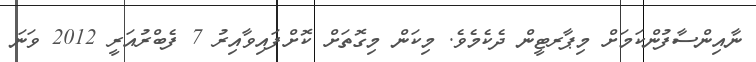
ނާއިންސާފުންކަމަށް މިޕާރޓީން ދެކެމެވެ. މިކަން މިގޮތަށް ކޮށްފައިވާއިރު 7 ފެބްރުއަރީ 2012 ވަނަ